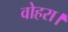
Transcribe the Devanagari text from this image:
वोहरा।